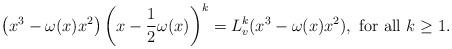
LaTeX: \begin{align*}\left( x^3-\omega(x)x^2 \right) \left(x-\frac 12\omega(x)\right)^k=L_v^k(x^3-\omega(x)x^2), \mbox{ for all }k\geq 1.\end{align*}